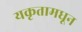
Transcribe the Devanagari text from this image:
यकृतामधून